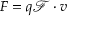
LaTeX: F = q { \mathcal { F } } \cdot v